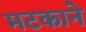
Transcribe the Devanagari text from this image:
मटकाने